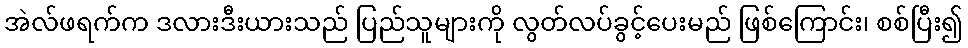
အဲလ်ဖရက်က ဒလားဒီးယားသည် ပြည်သူများကို လွတ်လပ်ခွင့်ပေးမည် ဖြစ်ကြောင်း၊ စစ်ပြီး၍